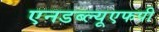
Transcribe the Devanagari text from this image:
एनडब्ल्यूएफपी